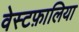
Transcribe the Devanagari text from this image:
वेस्टफ़ालिया